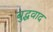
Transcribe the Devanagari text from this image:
बुद्धवाद